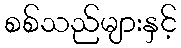
စစ်သည်များနှင့်